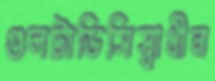
গুলটাডিসিস্বাধীন